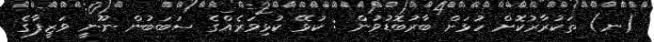
(ނ) ތަކުރާރުކޮށް ހުޅަށް ބާރުބޮޑުވުން : ކުޅޭ ކުޅިވަރެއްގެ ސަބަބުން ނޫނީ ވަޒީފާގެ